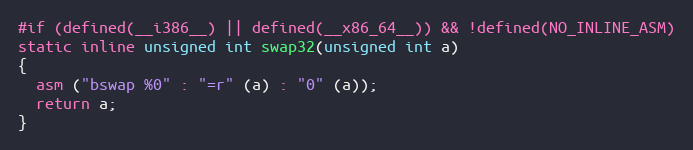
Language: C
#if (defined(__i386__) || defined(__x86_64__)) && !defined(NO_INLINE_ASM)
static inline unsigned int swap32(unsigned int a)
{
  asm ("bswap %0" : "=r" (a) : "0" (a));
  return a;
}